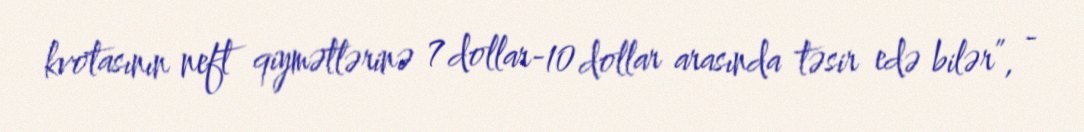
kvotasının neft qiymətlərinə 7 dollar-10 dollar arasında təsir edə bilər”, -